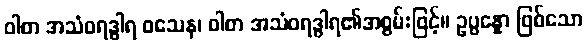
ဝါစာ အသံဝရဒွါရ ဝသေန၊ ဝါစာ အသံဝရဒွါရ၏အစွမ်းဖြင့်။ ဥပ္ပန္နော ဖြစ်သော